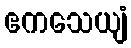
ဧကသေယျံ